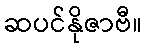
ဆပင်နိုဇာဗီ။